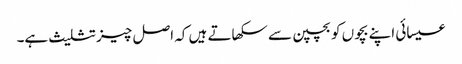
عیسائی اپنے بچوں کو بچپن سے سکھاتے ہیں کہ اصل چیز تثلیث ہے۔